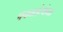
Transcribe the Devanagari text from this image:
पचनसंस्थेच्या